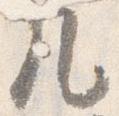
几